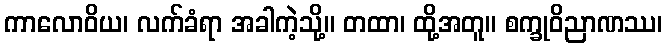
ကာလောဝိယ၊ လက်ခံရာ အခါကဲ့သို့။ တထာ၊ ထို့အတူ။ စက္ခုဝိညာဏဿ၊